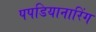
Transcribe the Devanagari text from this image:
पपडियानारिंग